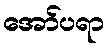
အော်ပရာ